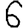
Digit: 6